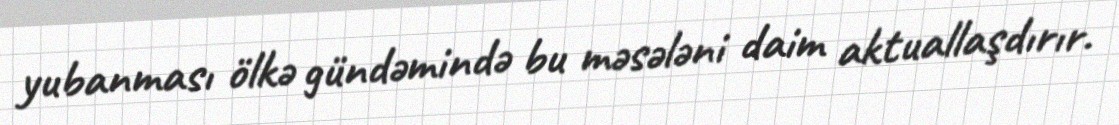
yubanması ölkə gündəmində bu məsələni daim aktuallaşdırır.